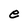
Character: e